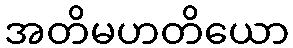
အတိမဟတိယော